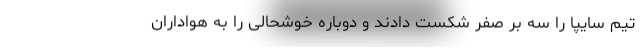
تیم سایپا را سه بر صفر شکست دادند و دوباره خوشحالی را به هواداران